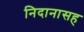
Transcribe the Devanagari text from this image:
निदानासह